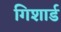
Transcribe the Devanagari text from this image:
गिशार्ड